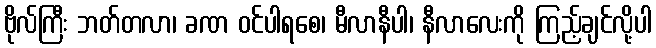
ဗိုလ်ကြီး ဘတ်တလာ၊ ခဏ ဝင်ပါရစေ၊ မီလာနီပါ၊ နီလာလေးကို ကြည့်ချင်လို့ပါ